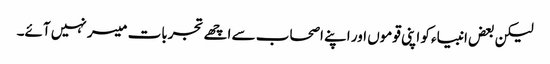
لیکن بعض انبیاء کو اپنی قوموں اور اپنے اصحاب سے اچھے تجربات میسر نہیں آئے۔